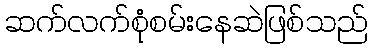
ဆက်လက်စုံစမ်းနေဆဲဖြစ်သည်